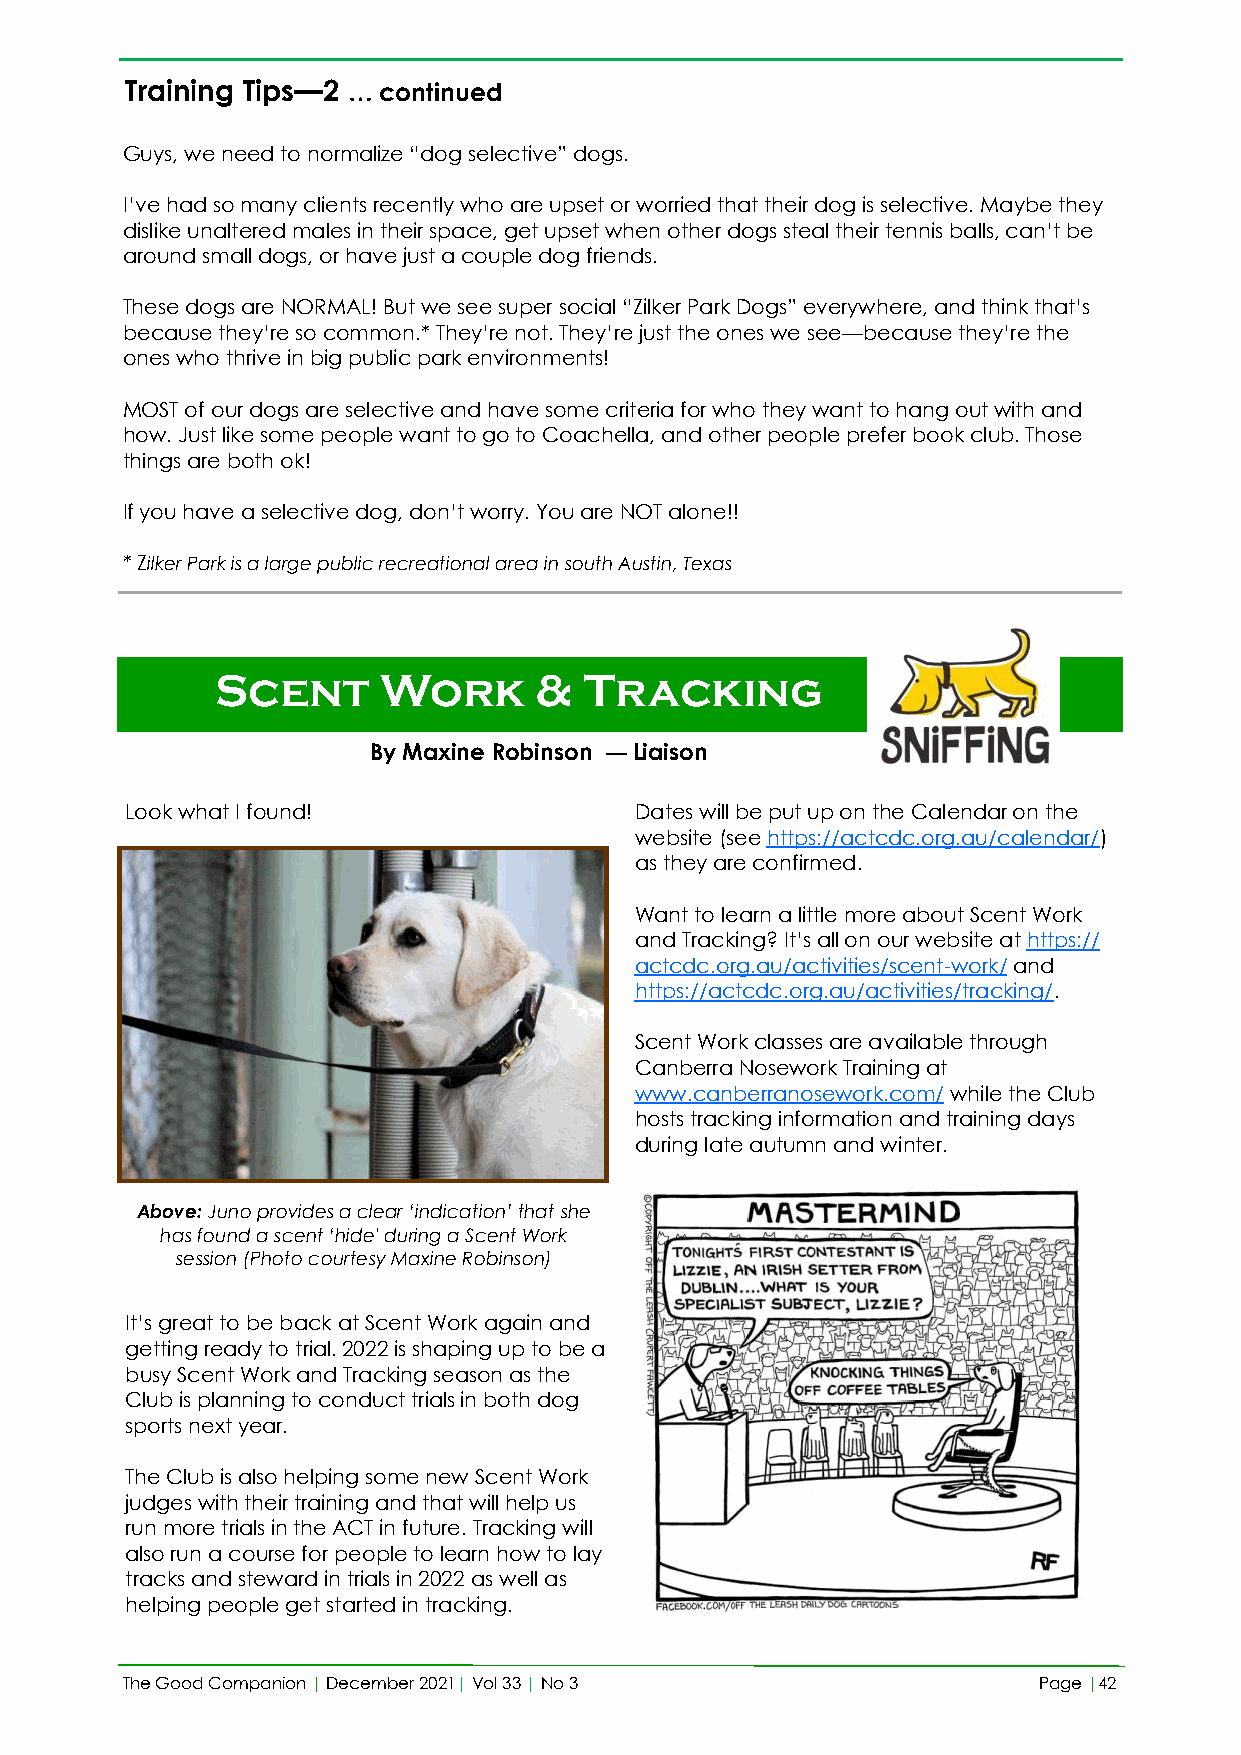
Training Tips—2 … continued
 Guys, we need to normalize “dog selective” dogs.
 I’ve had so many clients recently who are upset or worried that their dog is selective. Maybe they
 dislike unaltered males in their space, get upset when other dogs steal their tennis balls, can’t be
 around small dogs, or have just a couple dog friends.
 These dogs are NORMAL! But we see super social “Zilker Park Dogs” everywhere, and think that’s
 because they’re so common.* They’re not. They’re just the ones we see—because they’re the
 ones who thrive in big public park environments!
 MOST of our dogs are selective and have some criteria for who they want to hang out with and
 how. Just like some people want to go to Coachella, and other people prefer book club. Those
 things are both ok!
 If you have a selective dog, don’t worry. You are NOT alone!!
 * Zilker Park is a large public recreational area in south Austin, Texas
 Scent      Work       &  Tracking
 By Maxine Robinson — Liaison
 Look what I found!                Dates will be put up on the Calendar on the
 website (see https://actcdc.org.au/calendar/)
 as they are confirmed.
 Want to learn a little more about Scent Work
 and Tracking? It’s all on our website at https://
 actcdc.org.au/activities/scent-work/ and
 https://actcdc.org.au/activities/tracking/.
 Scent Work classes are available through
 Canberra Nosework Training at
 www.canberranosework.com/ while the Club
 hosts tracking information and training days
 during late autumn and winter.
 Above: Juno provides a clear ‘indication’ that she
 has found a scent ‘hide' during a Scent Work
 session (Photo courtesy Maxine Robinson)
 It’s great to be back at Scent Work again and
 getting ready to trial. 2022 is shaping up to be a
 busy Scent Work and Tracking season as the
 Club is planning to conduct trials in both dog
 sports next year.
 The Club is also helping some new Scent Work
 judges with their training and that will help us
 run more trials in the ACT in future. Tracking will
 also run a course for people to learn how to lay
 tracks and steward in trials in 2022 as well as
 helping people get started in tracking.
 The Good Companion | December 2021| Vol 33 | No 3            Page |42